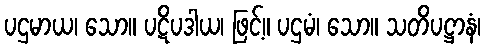
ပဌမာယ၊ သော။ ပဋိပဒါယ၊ ဖြင့်။ ပဌမံ၊ သော။ သတိပဋ္ဌာနံ၊